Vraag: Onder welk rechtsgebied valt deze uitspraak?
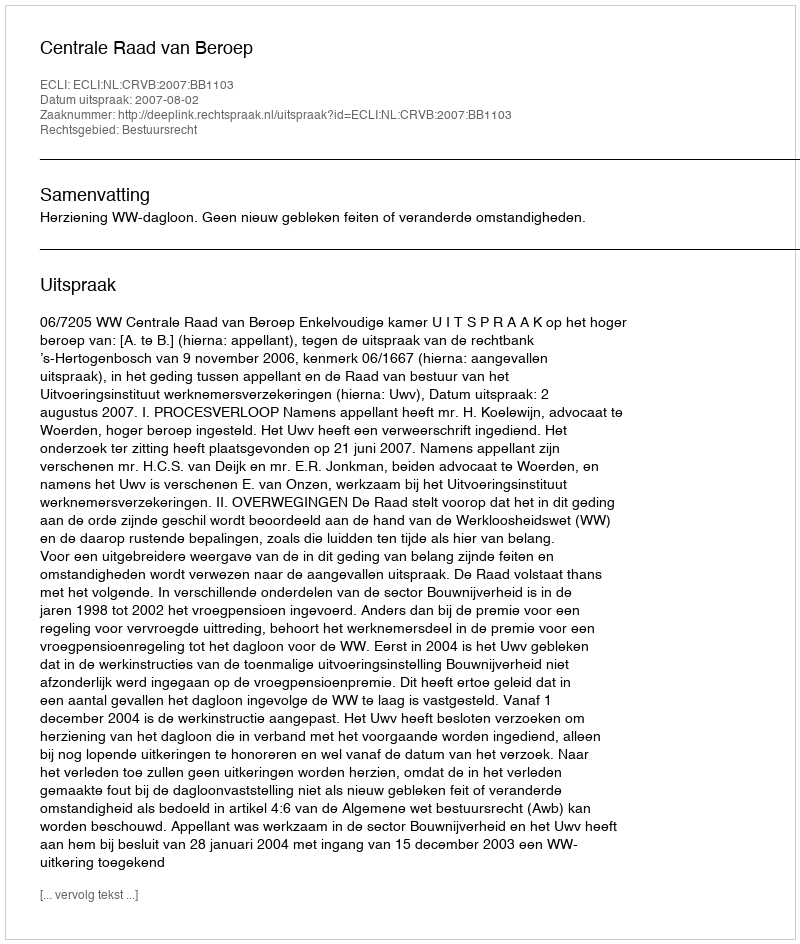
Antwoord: Bestuursrecht